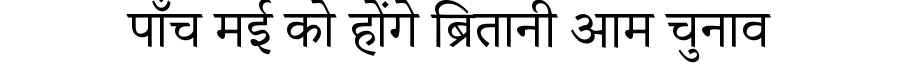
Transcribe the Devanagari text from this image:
पाँच मई को होंगे ब्रितानी आम चुनाव